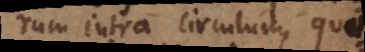
rum intra circulum, quo